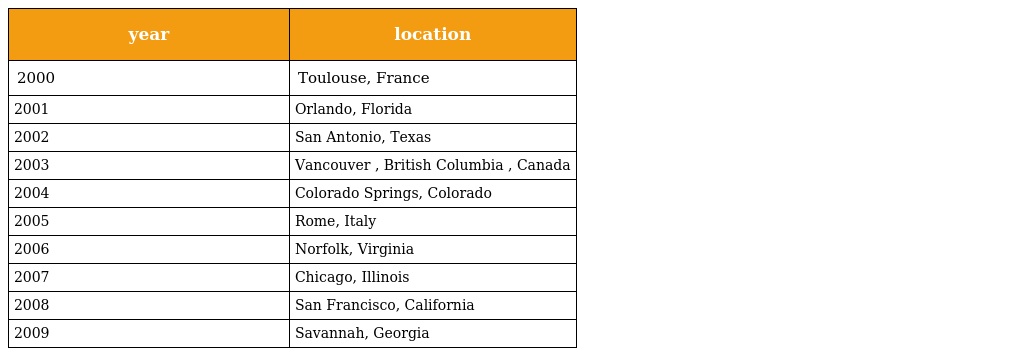
| year | location |
 | --- | --- |
 | 2000 | Toulouse, France |
 | 2001 | Orlando, Florida |
 | 2002 | San Antonio, Texas |
 | 2003 | Vancouver , British Columbia , Canada |
 | 2004 | Colorado Springs, Colorado |
 | 2005 | Rome, Italy |
 | 2006 | Norfolk, Virginia |
 | 2007 | Chicago, Illinois |
 | 2008 | San Francisco, California |
 | 2009 | Savannah, Georgia |